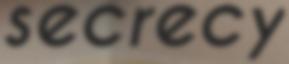
secrecy